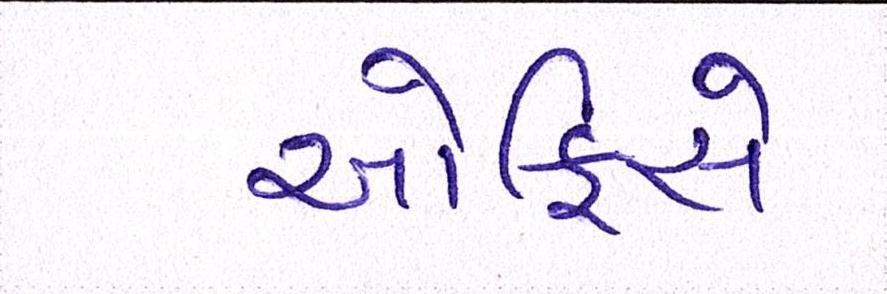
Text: ઓફિસે